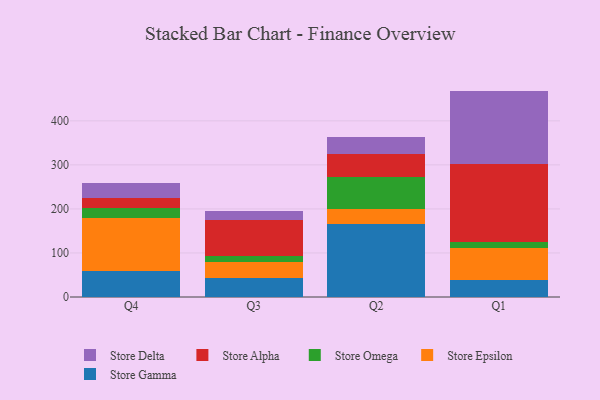
{"axis": {"x": "Quarter", "y": "Net Income (USD K)"}, "legend": ["Store Alpha", "Store Delta", "Store Epsilon", "Store Gamma", "Store Omega"], "data": [{"x": "Q4", "y": 58.4, "type": "Store Gamma"}, {"x": "Q4", "y": 121.9, "type": "Store Epsilon"}, {"x": "Q4", "y": 20.7, "type": "Store Omega"}, {"x": "Q4", "y": 23.1, "type": "Store Alpha"}, {"x": "Q4", "y": 35.6, "type": "Store Delta"}, {"x": "Q3", "y": 42.6, "type": "Store Gamma"}, {"x": "Q3", "y": 37.3, "type": "Store Epsilon"}, {"x": "Q3", "y": 13.1, "type": "Store Omega"}, {"x": "Q3", "y": 81.1, "type": "Store Alpha"}, {"x": "Q3", "y": 21.0, "type": "Store Delta"}, {"x": "Q2", "y": 164.9, "type": "Store Gamma"}, {"x": "Q2", "y": 34.0, "type": "Store Epsilon"}, {"x": "Q2", "y": 72.8, "type": "Store Omega"}, {"x": "Q2", "y": 52.2, "type": "Store Alpha"}, {"x": "Q2", "y": 39.8, "type": "Store Delta"}, {"x": "Q1", "y": 38.7, "type": "Store Gamma"}, {"x": "Q1", "y": 73.1, "type": "Store Epsilon"}, {"x": "Q1", "y": 12.3, "type": "Store Omega"}, {"x": "Q1", "y": 176.9, "type": "Store Alpha"}, {"x": "Q1", "y": 167.1, "type": "Store Delta"}]}